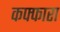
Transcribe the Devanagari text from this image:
कफ्फारा